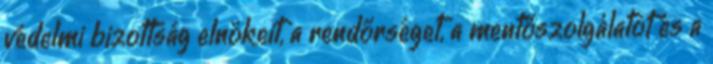
védelmi bizottság elnökeit, a rendőrséget, a mentőszolgálatot és a